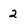
Character: 2